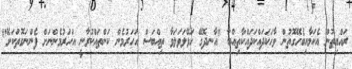
ރައްޔިތުން އެކަމާއިބެހޭގޮތުން ވާހަކަދައްކަދައްކާތިއްބާ "އާނދޮގޭ ހަޅޭލަވަލަވާ ތިއްބަސް އަހަރުމެން ކަންތައްކުރާނީ އަހަރުމެންނަށް ފެންނަގޮތަކަށޭ"